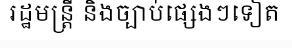
រដ្ឋមន្ត្រី និងច្បាប់ផ្សេងៗទៀត